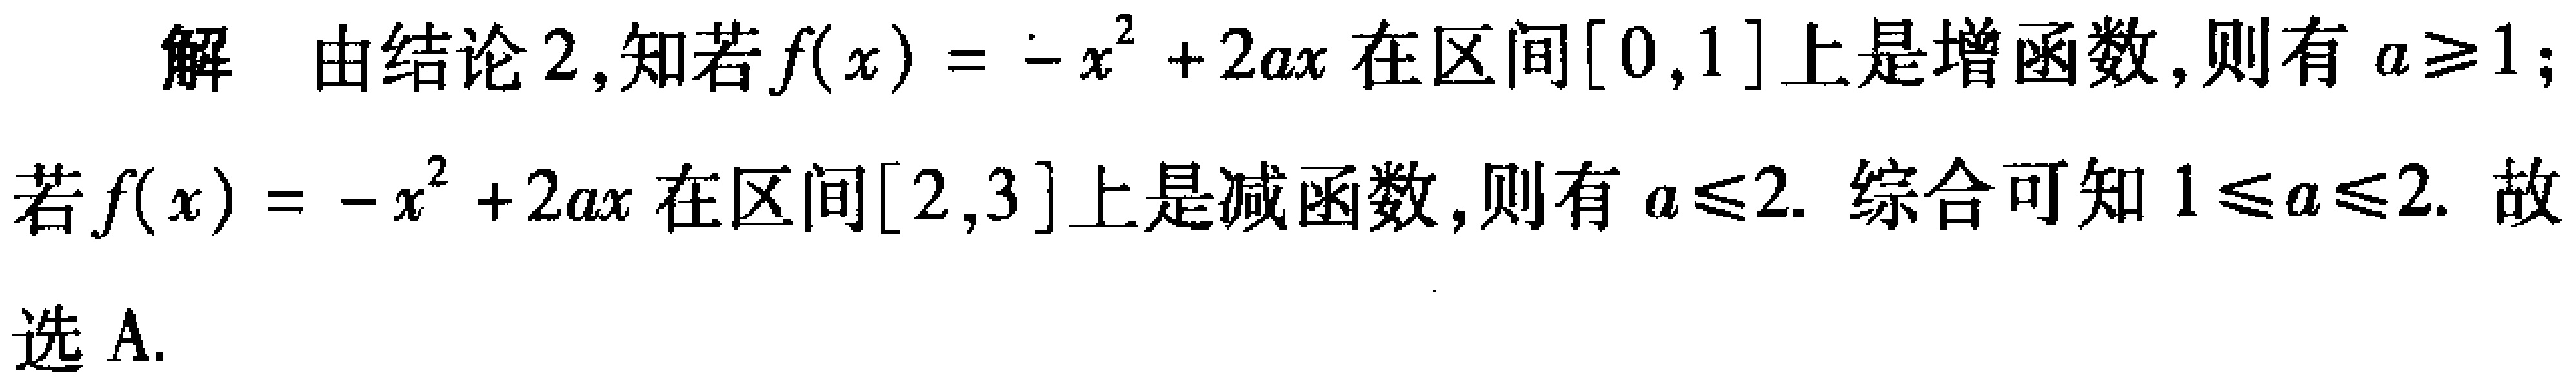
解 由结论 2,知若\(f(x)=-x^{2}+2ax\)在区间\([0,1]\)上是增函数,则有\(a\geqslant1\);若\(f(x)=-x^{2}+2ax\)在区间\([2,3]\)上是减函数,则有\(a\leqslant2\). 综合可知\(1\leqslant a\leqslant2\). 故选 A.